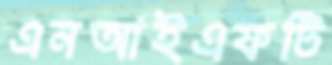
এনআইএফটি